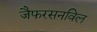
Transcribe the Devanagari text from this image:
जैफरसनविल